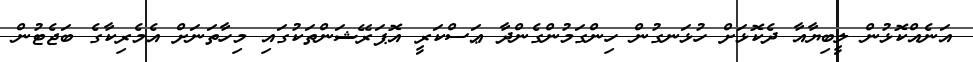
އަނެއްކޮޅުން ލީބިޔާއާ ދެކޮޅަށް ހުޅަނގުން ހިންގަމުންގެންދާ ޢަސްކަރީ އޮޕަރޭޝަންތަކުގައި މިހާތަނަށް އެމެރިކާގެ ބަޖެޓުން